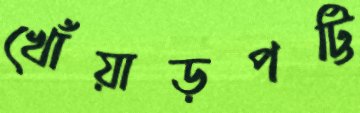
খোঁয়াড়পট্টি